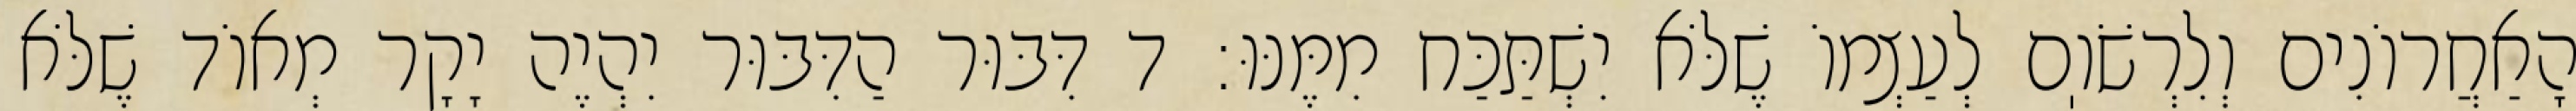
הָאַחֲרוֹנִים וְלִרְשֹׁוֽם לְעַצְמוֹ שֶׁלֹּא יִשְׁתַּכַּח מִמֶּנּוּ: ד דִּבּוּר הַדִּבּוּר יִהְיֶה יָקָר מְאוֹד שֶׁלֹּא